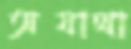
অযাথা